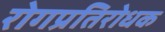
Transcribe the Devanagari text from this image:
रोगप्रतिरोधक